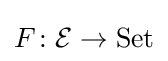
F\colon {\mathcal {E}}\to \operatorname {Set}